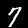
Digit: 7